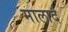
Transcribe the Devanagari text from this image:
मालार्द